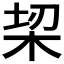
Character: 𣑧